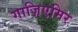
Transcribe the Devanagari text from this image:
गाज़िएमिर